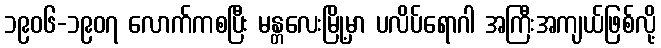
၁၉၀၆-၁၉၀၇ လောက်ကစပြီး မန္တလေးမြို့မှာ ပလိပ်ရောဂါ အကြီးအကျယ်ဖြစ်လို့